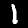
Label: 1